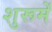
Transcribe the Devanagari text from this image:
शुरूमें